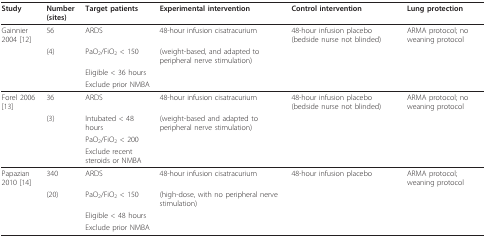
| Study | Number (sites) | Target patients | Experimental intervention | Control intervention | Lung protection |
 | --- | --- | --- | --- | --- | --- |
 | Gainnier 2004 [12] | 56 | ARDS | 48-hour infusion cisatracurium | 48-hour infusion placebo (bedside nurse not blinded) | ARMA protocol; no weaning protocol |
 |  | (4) | PaO2/FiO2 < 150 | (weight-based, and adapted to peripheral nerve stimulation) |  |  |
 |  |  | Eligible < 36 hours |  |  |  |
 |  |  | Exclude prior NMBA |  |  |  |
 | Forel 2006 [13] | 36 | ARDS | 48-hour infusion cisatracurium | 48-hour infusion placebo (bedside nurse not blinded) | ARMA protocol; no weaning protocol |
 |  | (3) | Intubated < 48 hours | (weight-based and adapted to peripheral nerve stimulation) |  |  |
 |  |  | PaO2/FiO2 < 200 |  |  |  |
 |  |  | Exclude recent steroids or NMBA |  |  |  |
 | Papazian 2010 [14] | 340 | ARDS | 48-hour infusion cisatracurium | 48-hour infusion placebo | ARMA protocol; weaning protocol |
 |  | (20) | PaO2/FiO2 < 150 | (high-dose, with no peripheral nerve stimulation) |  |  |
 |  |  | Eligible < 48 hours |  |  |  |
 |  |  | Exclude prior NMBA |  |  |  |